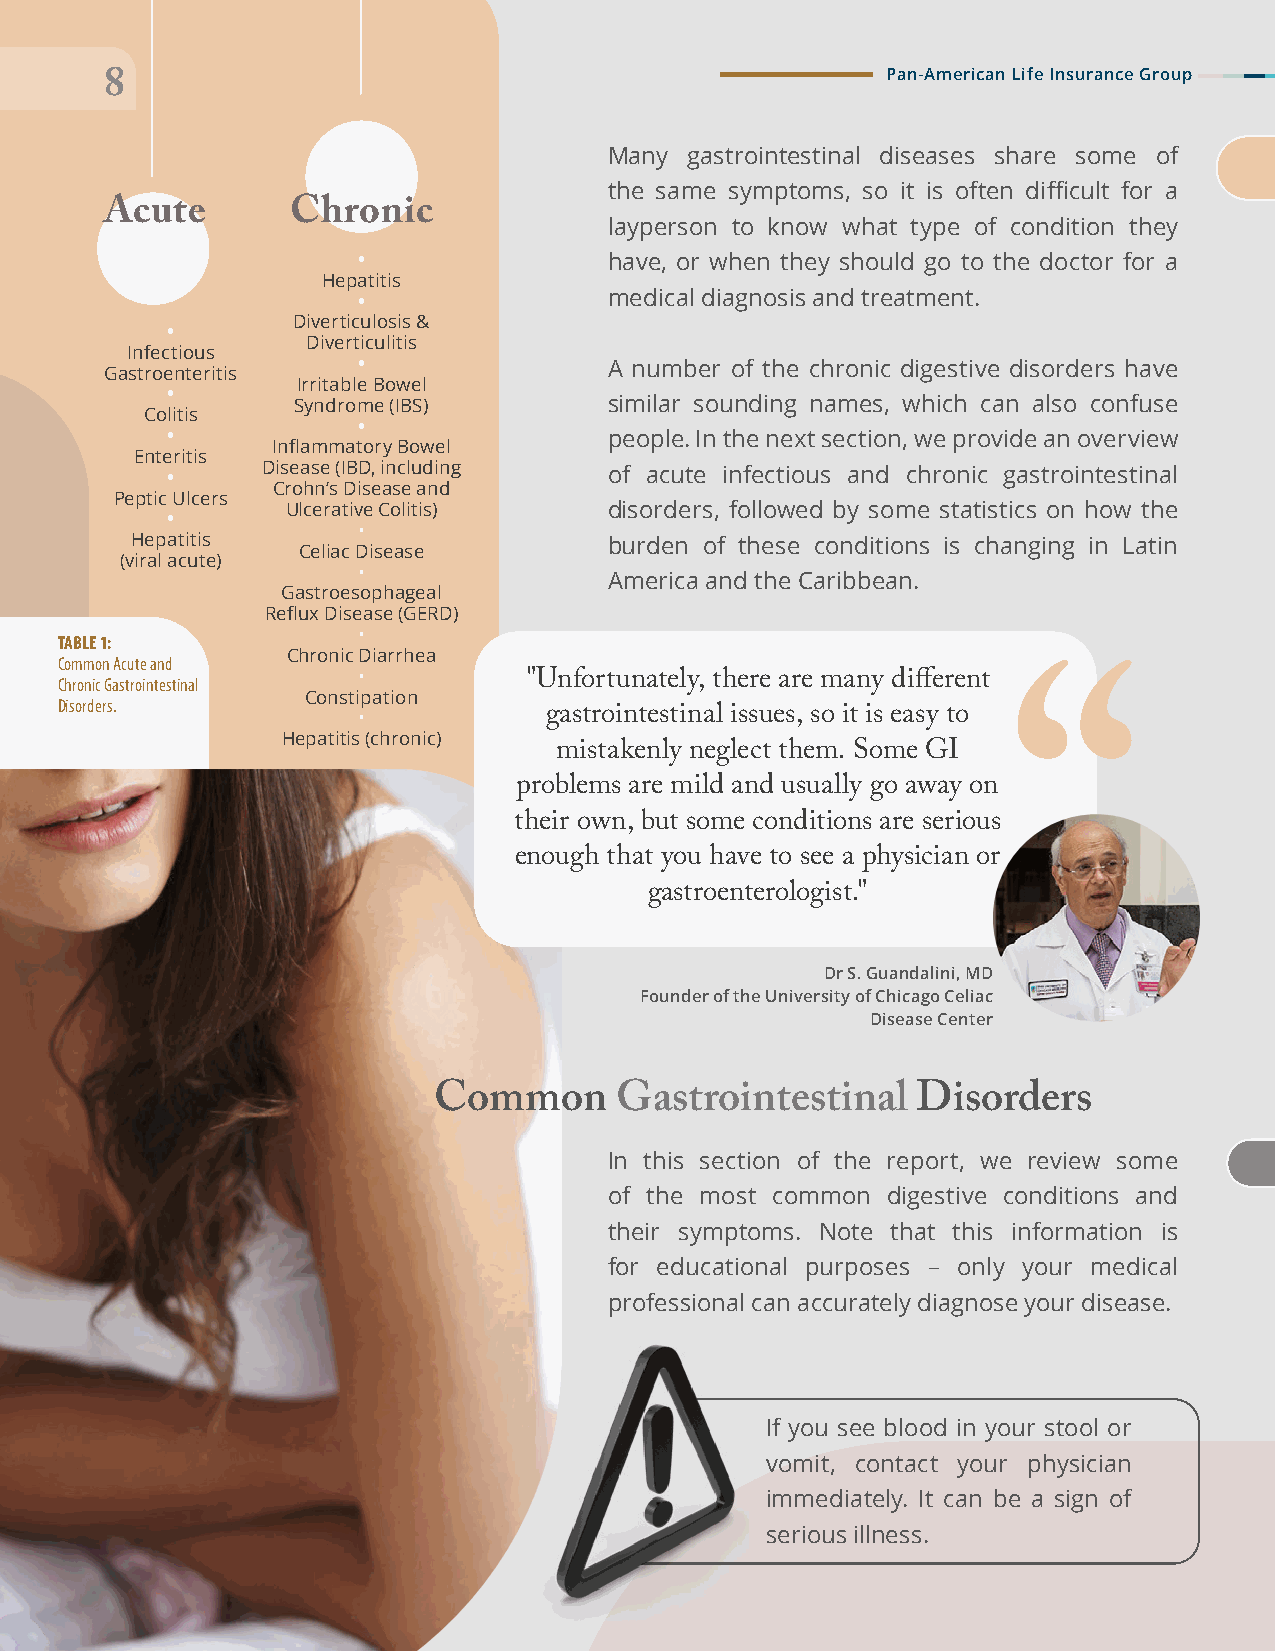
PPaann--AAmmeerriiccaann LLiiffee IInnssuurraannccee GGrroouupp
 88
 Many  gastrointestinal diseases share some of
 the same symptoms, so it is often difficult for a
 Acute       Chronic
 layperson to know what type of condition they
 •               have, or when they should go to the doctor for a
 Hepatitis
 •               medical diagnosis and treatment.
 Diverticulosis &
 •
 Diverticulitis
 Infectious
 •               A number of the chronic digestive disorders have
 Gastroenteritis
 Irritable Bowel
 •
 Syndrome (IBS)       similar sounding names, which can also confuse
 Colitis
 •
 •                            people. In the next section, we provide an overview
 Inflammatory Bowel
 Enteritis
 •     Disease (IBD, including of acute infectious and chronic gastrointestinal
 Crohn’s Disease and
 Peptic Ulcers
 Ulcerative Colitis)  disorders, followed by some statistics on how the
 •
 •
 Hepatitis                      burden of these conditions is changing in Latin
 Celiac Disease
 (viral acute)
 •
 America and the Caribbean.
 Gastroesophageal
 Reflux Disease (GERD)
 •
 TABLE 1:
 Chronic Diarrhea
 Common Acute and
 •
 Chronic Gastrointestinal       "Unfortunately, there are many different
 Constipation
 Disorders.
 •           gastrointestinal issues, so it is easy to
 Hepatitis (chronic)
 mistakenly neglect them. Some GI
 problems are mild and usually go away on
 their own, but some conditions are serious
 enough that you have to see a physician or
 gastroenterologist."
 Dr S. Guandalini, MD
 Founder of the University of Chicago Celiac
 Disease Center
 Common      Gastrointestinal    Disorders
 In this section of the report, we review some
 of the most common digestive conditions and
 their symptoms. Note that this information is
 for educational purposes – only your medical
 professional can accurately diagnose your disease.
 If you see blood in your stool or
 vomit, contact your physician
 immediately. It can be a sign of
 serious illness.